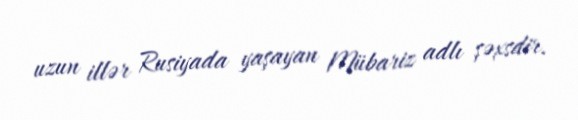
uzun illər Rusiyada yaşayan Mübariz adlı şəxsdir.